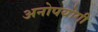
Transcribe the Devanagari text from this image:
अनोपयोगी